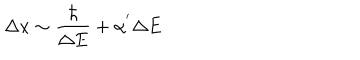
LaTeX: \Delta x \sim \frac { \hbar } { \Delta E } + \alpha ^ { ' } \Delta E